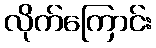
လိုက်ကြောင်း